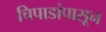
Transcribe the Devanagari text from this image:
चिपाडांपासून